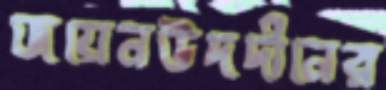
জয়েনউদদীনের